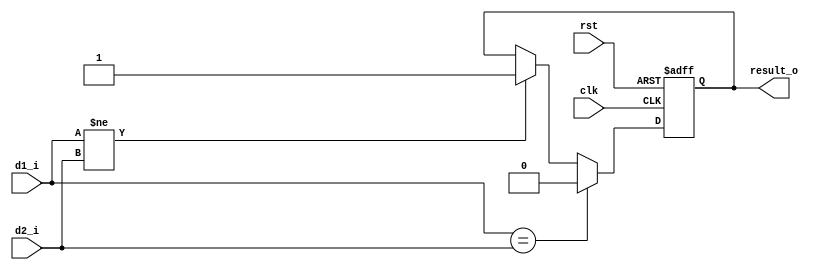
module Comparator( clk, rst, d1_i, d2_i, result_o );
input               clk;
input               rst;
input [31:0]        d1_i;
input [31:0]        d2_i;
output reg          result_o;
//<statements>
always @(posedge clk or posedge rst) begin
    if (rst) begin
        result_o <= 1'b0;
    end
    else begin
        if (d1_i == d2_i) begin
        result_o <= 1'b0;
        end
        else if (d1_i != d2_i) begin
        result_o <= 1'b1;
        end
    end
end

endmodule